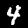
Label: 4